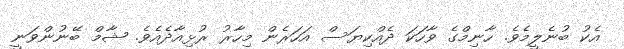
އެކު ބުނެލީމެވެ. ހާނިމްގެ ވާހަކަ ދެއްކިޔަސް އަހަރެން މިހާރު ރުޅިއާދެއެވެ. ޝާމް ބޭނުންވަނީ